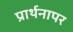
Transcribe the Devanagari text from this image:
प्रार्थनापर